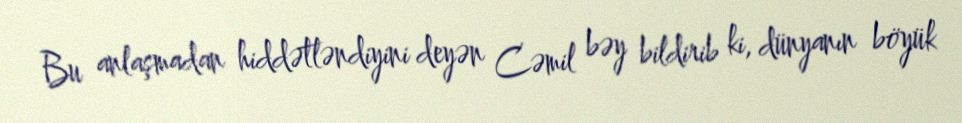
Bu anlaşmadan hiddətləndiyini deyən Cəmil bəy bildirib ki, dünyanın böyük